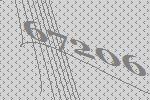
67206